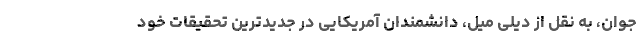
جوان، به نقل از دیلی میل، دانشمندان آمریکایی در جدیدترین تحقیقات خود